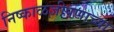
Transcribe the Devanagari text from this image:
निष्काळजीपणाच्या